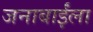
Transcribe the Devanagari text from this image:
जनाबाईंला